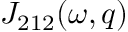
{ \cal J } _ { 2 1 2 } ( \omega , q )